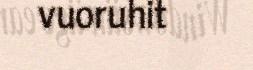
vuoruhit